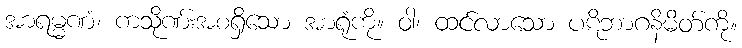
အာရမ္မဏံ၊ ကသိုဏ်းအစရှိသော အာရုံကို။ ဝါ၊ ထင်လာသော ပဋိဘာဂနိမိတ်ကို။